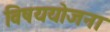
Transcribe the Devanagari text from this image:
विषययोजना